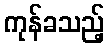
ကုန်ခသည့်